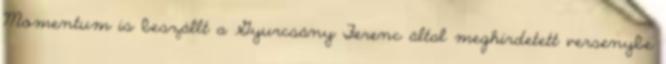
Momentum is beszállt a Gyurcsány Ferenc által meghirdetett versenybe